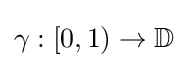
\gamma :[0,1)\to \mathbb {D}